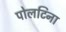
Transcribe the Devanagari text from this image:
पोलटिना